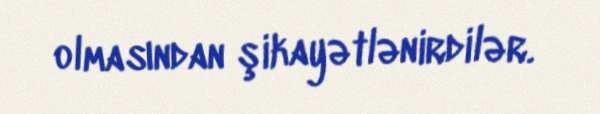
olmasından şikayətlənirdilər.